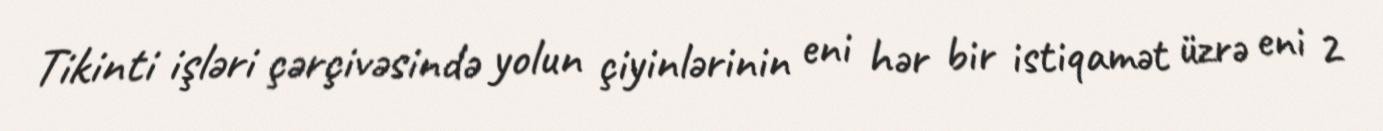
Tikinti işləri çərçivəsində yolun çiyinlərinin eni hər bir istiqamət üzrə eni 2